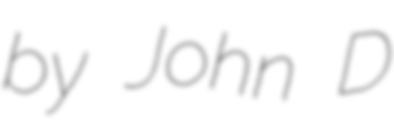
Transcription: by John D